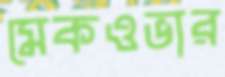
মেকওভার